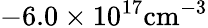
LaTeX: \mathrm{-6.0\times 10^{17}cm^{-3}}